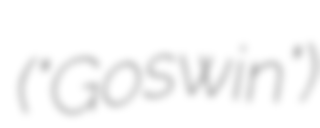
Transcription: ("Goswin")